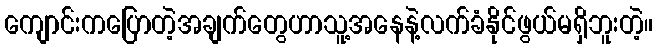
ကျောင်းကပြောတဲ့အချက်တွေဟာသူ့အနေနဲ့လက်ခံနိုင်ဖွယ်မရှိဘူးတဲ့။